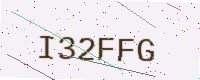
Text: I32FFG